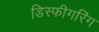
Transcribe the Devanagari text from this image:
डिस्फीगरिंग